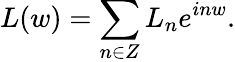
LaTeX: L(w)=\sum_{n\in Z}L_{n}e^{inw}.